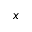
x